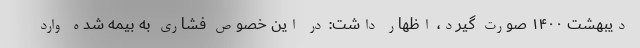
دیبهشت ۱۴۰۰ صورت گیرد، اظهار داشت: در این خصوص فشاری به بیمه شده وارد